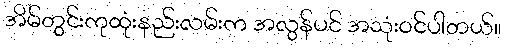
အိမ်တွင်းကုထုံးနည်းလမ်းက အလွန်ပင် အသုံးဝင်ပါတယ်။